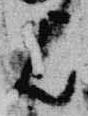
歟